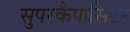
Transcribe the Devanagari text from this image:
सुपरकैपासिटर